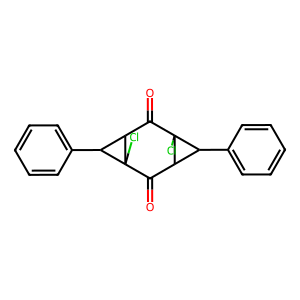
SMILES: O=C1C2C(c3ccccc3)C2(Cl)C(=O)C2C(c3ccccc3)C12Cl
Inhibits HIV replication: No